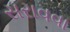
સરાવવા